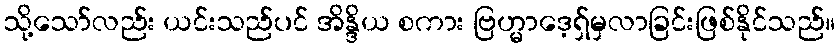
သို့သော်လည်း ယင်းသည်ပင် အိန္ဒိယ စကား ဗြဟ္မာဒေ့ရှ်မှလာခြင်းဖြစ်နိုင်သည်။